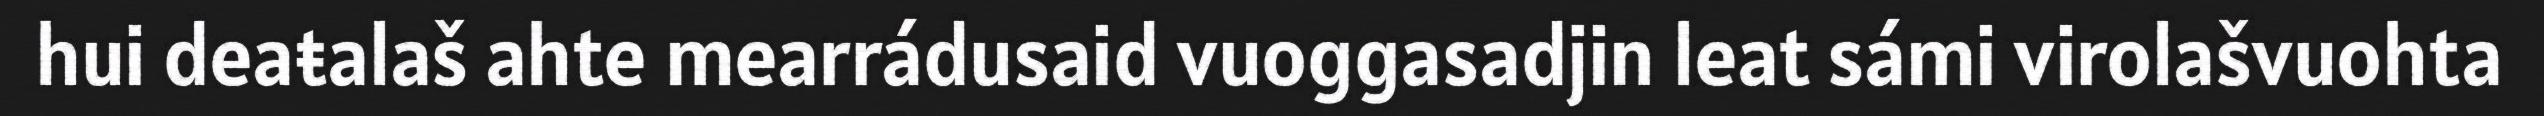
hui deaŧalaš ahte mearrádusaid vuoggasadjin leat sámi virolašvuohta